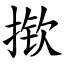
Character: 揿